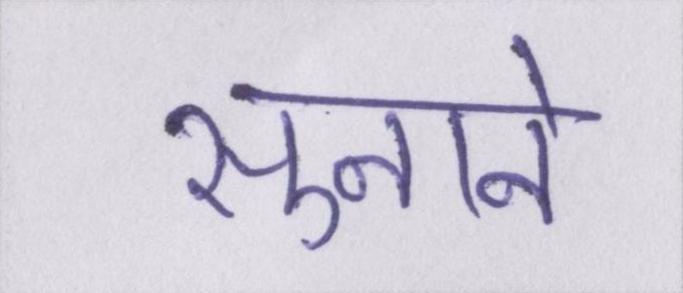
सुनाने